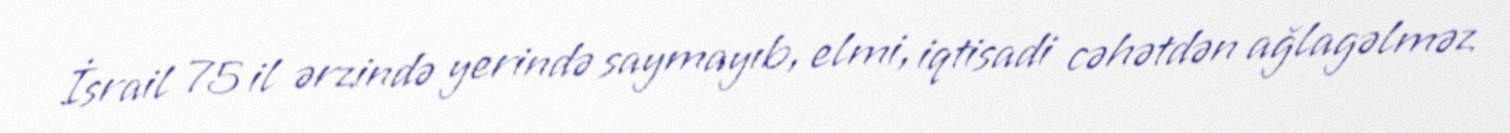
İsrail 75 il ərzində yerində saymayıb, elmi, iqtisadi cəhətdən ağlagəlməz